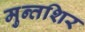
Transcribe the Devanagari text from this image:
मुन्तशिर